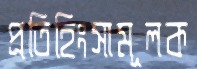
প্রতিহিংসামূলক